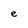
Character: e